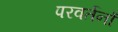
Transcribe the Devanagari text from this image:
परवर्तनों